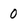
Character: 0